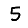
Digit: 5